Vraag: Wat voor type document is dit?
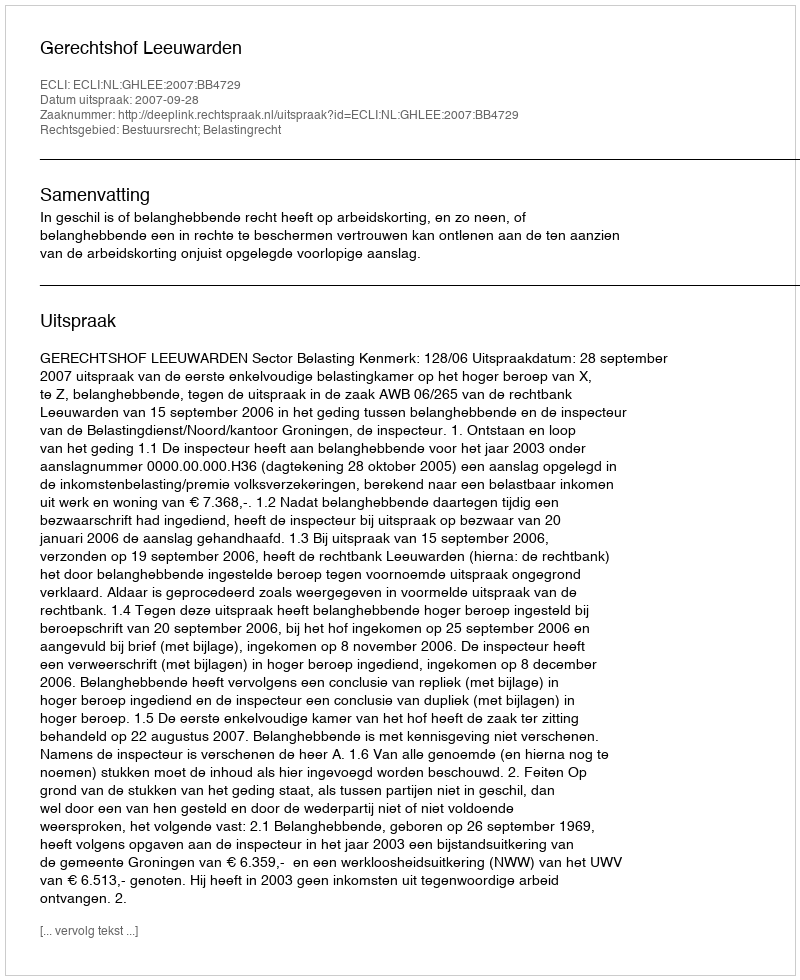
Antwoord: Uitspraak